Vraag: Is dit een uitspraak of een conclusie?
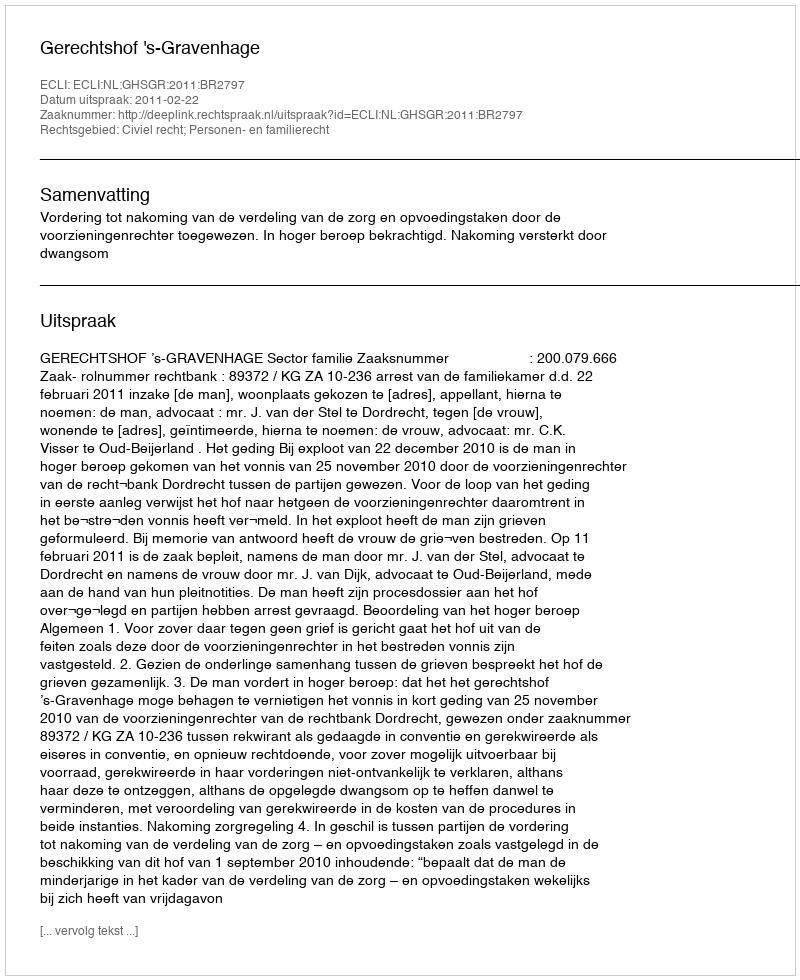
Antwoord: Uitspraak